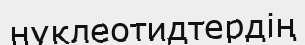
нуклеотидтердің